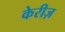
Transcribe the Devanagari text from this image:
केरीज़